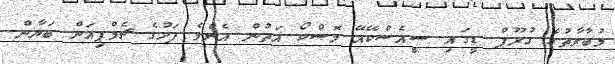
މުބާރާތުގެ ގުރޫޕް ޑީގައި ސީއެސްކޭއޭ މޮސްކޯ އަތުން އެންމެ ފަހުގެ ޗެމްޕިއަން ބަޔާން